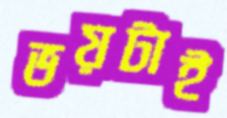
ভয়টাই